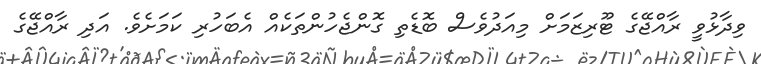
ވިދާޅުވީ ރާއްޖޭގެ ޓޫރިޒަމަށް މިއަދުވެސް ބޮޑެތި ގޮންޖެހުންތަކެއް އެބަހުރި ކަމަށެވެ. އަދި ރާއްޖޭގެ